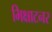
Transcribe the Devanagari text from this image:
भिक्षाटनर